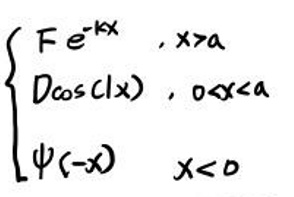
\[
\begin{cases}
Fe^{-kx} &, x > a \\
D\cos(Cx) &, 0 < x < a \\
\psi(-x) &, x < 0
\end{cases}
\]